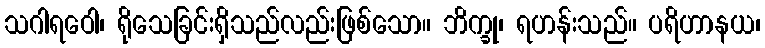
သဂါရဝေါ၊ ရိုသေခြင်းရှိသည်လည်းဖြစ်သော။ ဘိက္ခု၊ ရဟန်းသည်။ ပရိဟာနယ၊